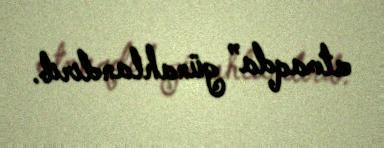
atmaqda” günahlandırıb.